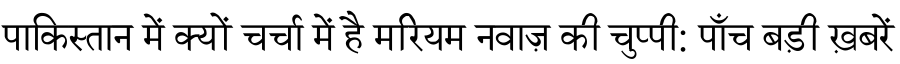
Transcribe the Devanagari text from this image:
पाकिस्तान में क्यों चर्चा में है मरियम नवाज़ की चुप्पी: पाँच बड़ी ख़बरें